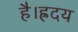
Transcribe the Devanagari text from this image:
है।ह्रदय